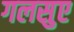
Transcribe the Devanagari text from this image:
गलसुए